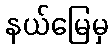
နယ်မြေမှ